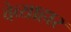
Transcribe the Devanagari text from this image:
वेव्याहार